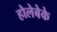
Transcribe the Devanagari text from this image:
होलेबेके